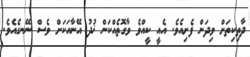
ދާތިކިތަށް ވިދަން ފެށިއެވެ. އެއީ ކީއްވެ ވާގޮތެއްކަން ޚުދު އޭނާއަކަށް ވެސް ނޭނގެއެވެ.